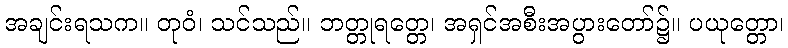
အချင်းရသက။ တုဝံ၊ သင်သည်။ ဘတ္တုရတ္တေ၊ အရှင်အစီးအပွားတော်၌။ ပယုတ္တော၊